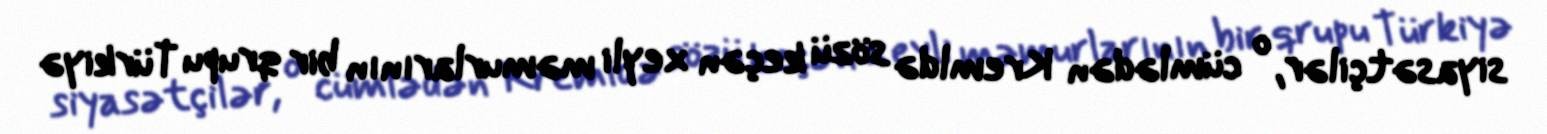
siyasətçilər, o cümlədən Kremldə sözü keçən xeyli məmurlarının bir qrupu Türkiyə